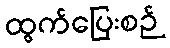
ထွက်ပြေးစဉ်